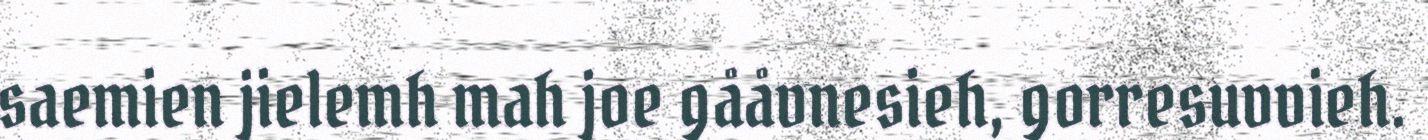
saemien jielemh mah joe gååvnesieh, gorresuvvieh.